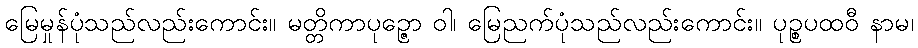
မြေမှုန်ပုံသည်လည်းကောင်း။ မတ္တိကာပုဉ္ဇော ဝါ၊ မြေညက်ပုံသည်လည်းကောင်း။ ပုဉ္စပထဝီ နာမ၊